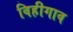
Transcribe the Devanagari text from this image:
विहीगाव